Civil Veterinary Dept. Assam report 1911-1927 - 1911-1927
Year: 1911
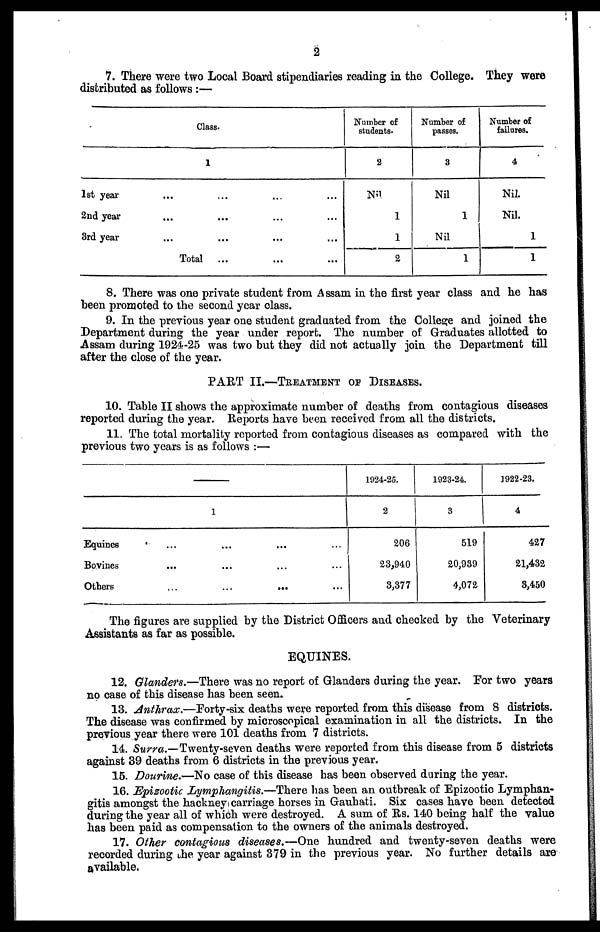
2
7. There were two Local Board stipendiaries reading in the College. They were
distributed as follows :—
Class.
1
1st year
2nd year
3rd year
...
...
...
...
...
...
Total
...
...
...
...
...
...
...
...
...
Number of
students.
2
Nil.
1
1
2
Number of
passes.
3
Nil
1
Nil
1
Number of
failures.
4
Nil.
Nil.
1
1
8. There was one private student from Assam in the first year class and he has
been promoted to the second year class.
9. In the previous year one student graduated from the College and joined the
Department during the year under report. The number of Graduates allotted to
Assam during 1924-25 was two but they did not actually join the Department till
after the close of the year.
PART II.—TREATMENT OF DISEASES.
10. Table II shows the approximate number of deaths from contagious diseases
reported during the year. Reports have been received from all the districts.
11. The total mortality reported from contagious diseases as compared with the
previous two years is as follows :—
1
Equines
Bovines
Others
...
...
...
...
...
...
...
...
...
...
...
...
1924-25.
2
206
23,940
3,377
1923-24.
3
519
20,939
4,072
1922-23.
4
427
21,432
3,450
The figures are supplied by the District Officers and checked by the Veterinary
Assistants as far as possible.
EQUINES.
12. Glanders.—There was no report of Glanders during the year. For two years
no case of this disease has been seen.
13. Anthrax.—Forty-six deaths were reported from this disease from 8 districts.
The disease was confirmed by microscopical examination in all the districts. In the
previous year there were 101 deaths from 7 districts.
14. Surra.—Twenty-seven deaths were reported from this disease from 5 districts
against 39 deaths from 6 districts in the previous year.
15. Dourine.—No case of this disease has been observed during the year.
16. Epizootic Lymphangitis.—There has been an outbreak of Epizootic Lymphan-
gitis amongst the hackney carriage horses in Gauhati. Six cases have been detected
during the year all of which were destroyed. A sum of Rs. 140 being half the value
has been paid as compensation to the owners of the animals destroyed.
17. Other contagious diseases.—One hundred and twenty-seven deaths were
recorded during the year against 379 in the previous year. No further details are
available,